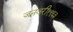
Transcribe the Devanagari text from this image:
जनवरी१९६३